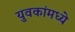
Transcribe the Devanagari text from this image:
युवकांमध्ये